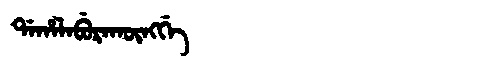
Manchu: ᡩᠠᡥᠠᠯᠠᠪᡠᡵᠠᡴᡡᠩᡤᡝ
Romanization: DAHALABURAKŪNGGE